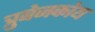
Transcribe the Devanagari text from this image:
त्रुबेजकोय